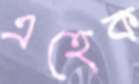
এহেক